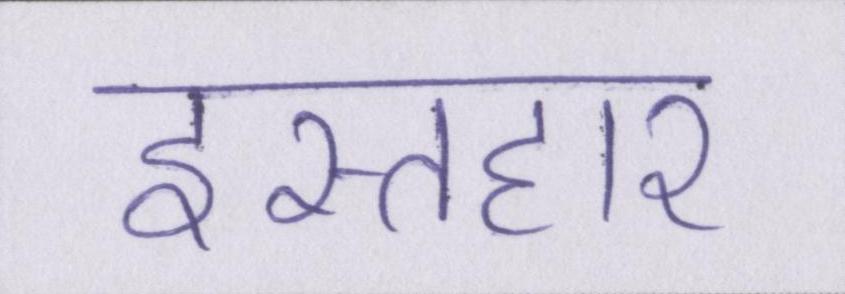
इस्तहार